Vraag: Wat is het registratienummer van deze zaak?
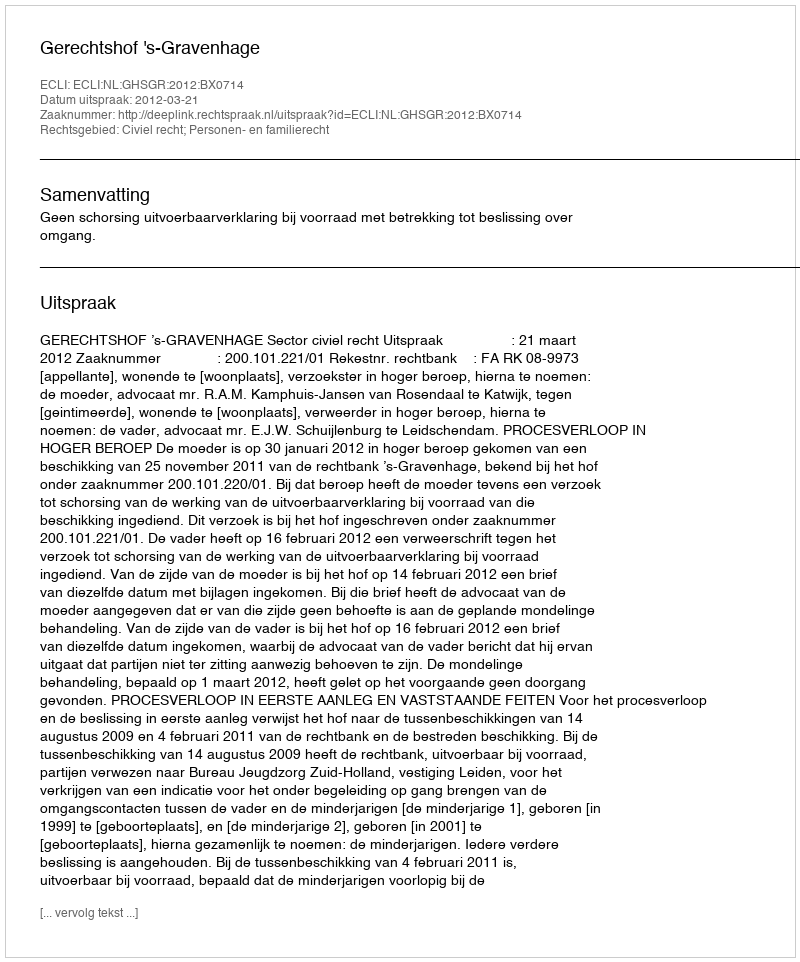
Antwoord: http://deeplink.rechtspraak.nl/uitspraak?id=ECLI:NL:GHSGR:2012:BX0714